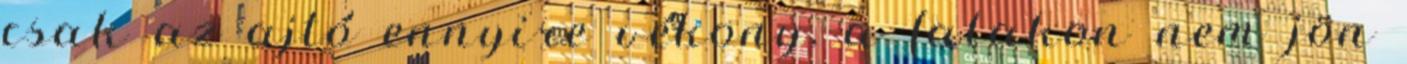
csak az ajtó ennyire vékony, a falakon nem jön